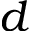
d